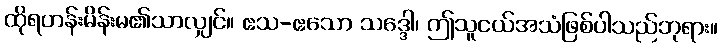
ထိုရဟန်းမိန်းမ၏သာလျှင်။ ဧသ-ဧသော သဒ္ဒေါ၊ ဤသူငယ်အသံဖြစ်ပါသည်ဘုရား။